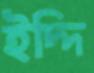
ইদ্দি